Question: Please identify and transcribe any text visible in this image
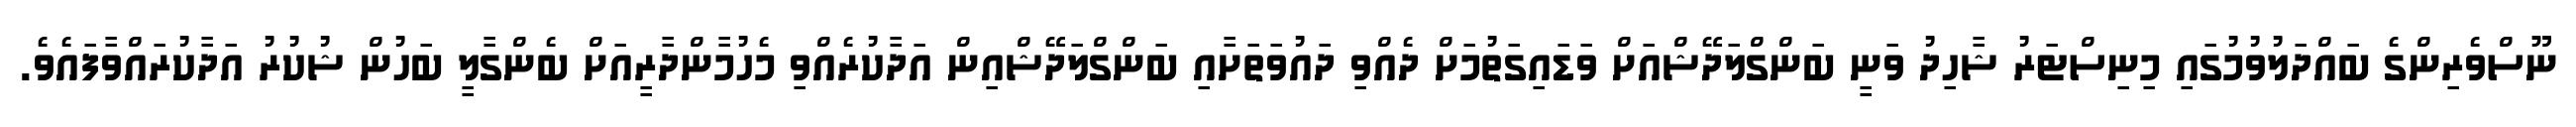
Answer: ނޫސްވެރިންގެ ބައްދަލުވުމުގައި މިނިސްޓަރު ޝާހިދު ވަނީ ބަންގްލަދޭޝްއަށް ވަޑައިގަތުމަށް ދެއްވި ދައުވަތަށާއި ބަންގްލަދޭޝްއިން އަދާކުރެއްވި މެހުމާންދާރީއަށް ބެންގާލީ ބަހުން ޝުކުރު އަދާކުރައްވާފައެވެ.